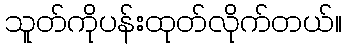
သူတ်ကိုပန်းထုတ်လိုက်တယ်။